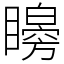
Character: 矈